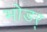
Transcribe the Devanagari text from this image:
भोडर्